Report of the Indian Hemp Drugs Commission, 1894-1895 - Volume II
Year: 1894
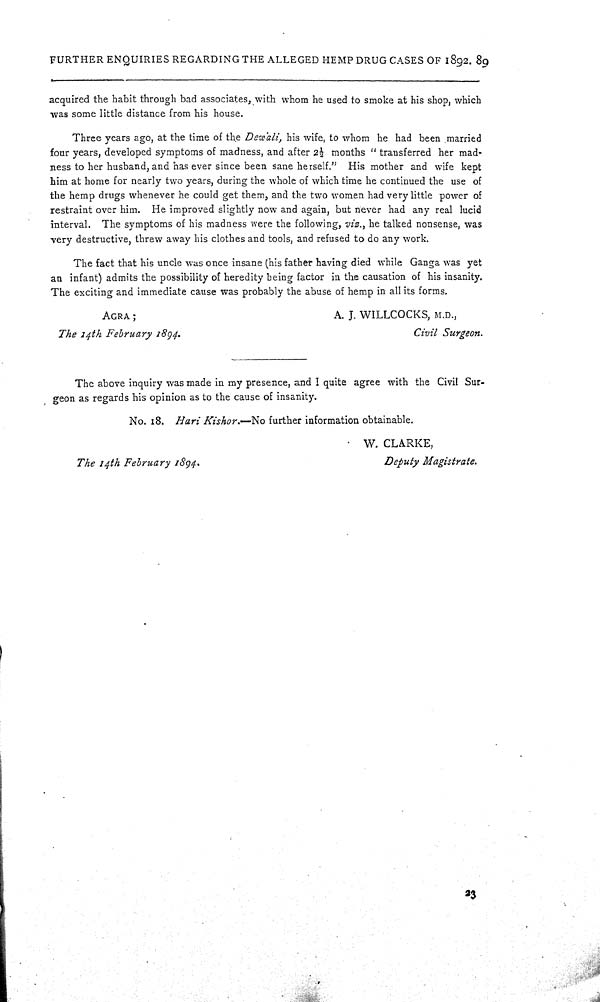
FURTHER ENQUIRIES REGARDING THE ALLEGED HEMP DRUG CASES OF 1892. 89
acquired the habit through bad associates, with whom he used to smoke at his shop, which
was some little distance from his house.
Three years ago, at the time of the Dewali, his wife, to whom he had been married
four years, developed symptoms of madness, and after 21/2 months "transferred her mad-
ness to her husband, and has ever since been sane herself." His mother and wife kept
him at home for nearly two years, during the whole of which time he continued the use of
the hemp drugs whenever he could get them, and the two women had very little power of
restraint over him. He improved slightly now and again, but never had any real lucid
interval. The symptoms of his madness were the following, vis., he talked nonsense, was
very destructive, threw away his clothes and tools, and refused to do any work.
The fact that his uncle was once insane (his father having died while Ganga was yet
an infant) admits the possibility of heredity being factor in the causation of his insanity.
The exciting and immediate cause was probably the abuse of hemp in all its forms.
AGRA;
A. J. WILLCOCKS, M.D.,
The 14th February
1894.
Civil Surgeon.
The above inquiry was made in my presence, and I quite agree with the Civil Sur-
geon as regards his opinion as to the cause of insanity.
No. 18. Hari Kishor.—No further information obtainable.
W. CLARKE,
The 14th February
1894.
Deputy Magistrate.
23